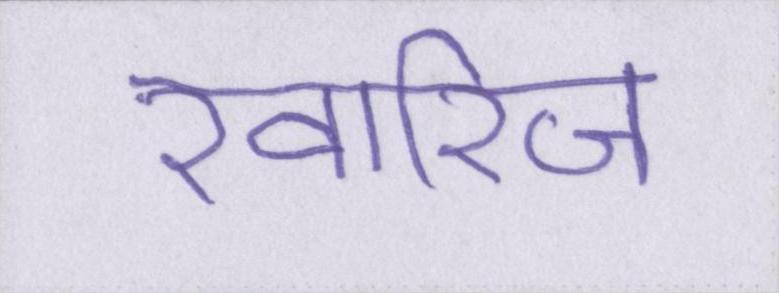
ख़ारिज